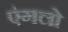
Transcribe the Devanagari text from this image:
एंगलो